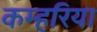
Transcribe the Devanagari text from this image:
कम्हरिया